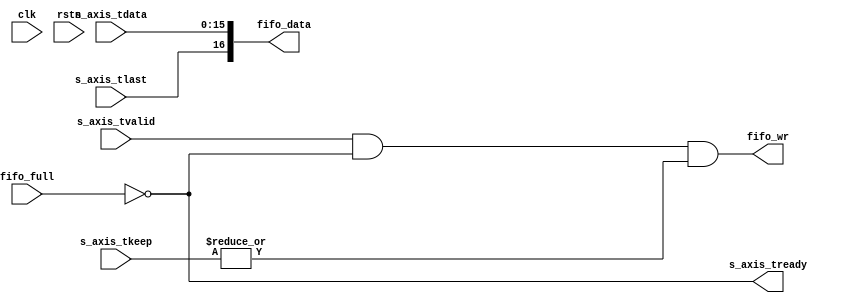
// verilog_format: off
`resetall
`timescale 1ns / 1ps
`default_nettype none
// verilog_format: on

module stream2native #(
    parameter integer WIDTH = 16
) (
    input  wire                 clk,            //
    input  wire                 rstn,           //
    //
    input  wire                 fifo_full,      //
    output wire [      WIDTH:0] fifo_data,      //
    output wire                 fifo_wr,        //
    //
    output wire                 s_axis_tready,  //
    input  wire                 s_axis_tvalid,  //
    input  wire [  (WIDTH-1):0] s_axis_tdata,   //
    input  wire [(WIDTH/8-1):0] s_axis_tkeep,   //
    input  wire                 s_axis_tlast    //
);
    wire active;

    assign s_axis_tready = ~fifo_full;
    assign active        = s_axis_tvalid & s_axis_tready & (|s_axis_tkeep);
    assign fifo_wr       = active;
    assign fifo_data     = {s_axis_tlast, s_axis_tdata};

endmodule

// verilog_format: off
`resetall
// verilog_format: on